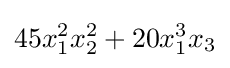
45x_{1}^{2}x_{2}^{2}+20x_{1}^{3}x_{3}